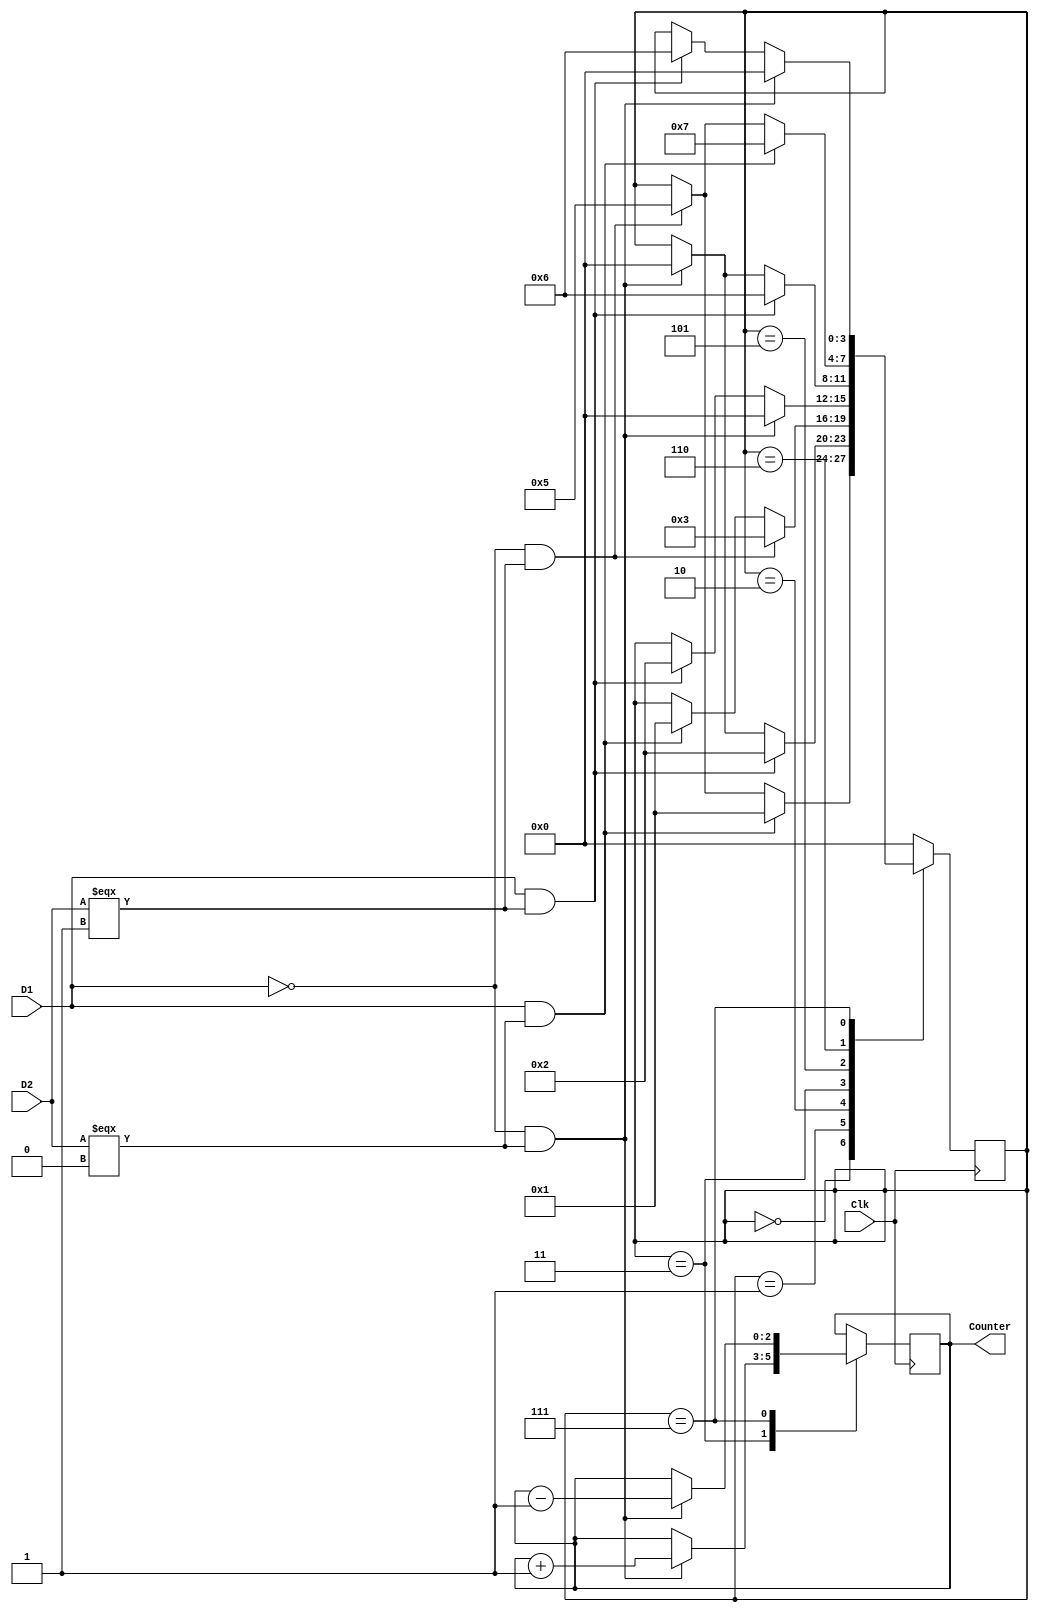
module Lab6(Clk,D1,D2,Counter);
parameter S0=4'b0000, S1=4'b0001, S2=4'b0010, S3=4'b0011, S4=4'b0100, S5=4'b0101, S6=4'b0110, S7=4'b0111, S8=4'b1000; 
input D1,D2,Clk; 
reg [3:0]FSM; 
output reg [2:0] Counter;

always@(posedge Clk)
begin
	case(FSM[3:0])
		S0:
			begin
				if((D1==1)&(D2===0))
					FSM[3:0]<=S1;
				else if((D1==0)&(D2===1))
					FSM[3:0]<=S5;
				else 
					FSM[3:0]<=FSM[3:0];
			end
			
		S1:
			begin
				if((D1==1)&(D2===1))
					FSM[3:0]<=S2;
				else if((D1==0)&(D2===0))
					FSM[3:0]<=S0;
				else
					FSM[3:0]<=FSM[3:0];
			end	
			
		S2:
			begin
				if((D1==0)&(D2===1))
					FSM[3:0]<=S3;
				else if((D1==1)&(D2===0))
					FSM[3:0]<=S1;
				else
					FSM[3:0]<=FSM[3:0];
			end
			
		S3:
			begin
				if((D1==0)&(D2===0))
				begin
					FSM[3:0]<=S0;
					Counter <= Counter + 3'b001;
				end
				else if((D1==1)&(D2===1))
					FSM[3:0]<=S2;
				else
					FSM[3:0]<=FSM[3:0];
			end
			
		S5:
			begin
				if((D1==1)&(D2===1))
					FSM[3:0]<=S6;
				else if((D1==0)&(D2===0))
					FSM[3:0]<=S0;
				else
					FSM[3:0]<=FSM[3:0];
			end
			
		S6:
			begin
				if((D1==1)&(D2===0))
					FSM[3:0]<=S7;
				else if((D1==0)&(D2===1))
					FSM[3:0]<=S5;
				else
					FSM[3:0]<=FSM[3:0];
			end	
		S7:
			begin
				if((D1==0)&(D2===0))
				begin
					FSM[3:0]<=S0;
					Counter <= Counter - 3'b001;
				end
				else if((D1==1)&(D2===1))
					FSM[3:0]<=S6;
				else
					FSM[3:0]<=FSM[3:0];
			end	

			
		default:
				FSM[3:0]<=S0;
	endcase
end


endmodule